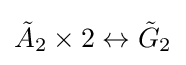
{\tilde {A}}_{2}\times 2\leftrightarrow {\tilde {G}}_{2}